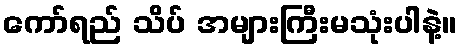
ကော်ရည် သိပ် အများကြီးမသုံးပါနဲ့။